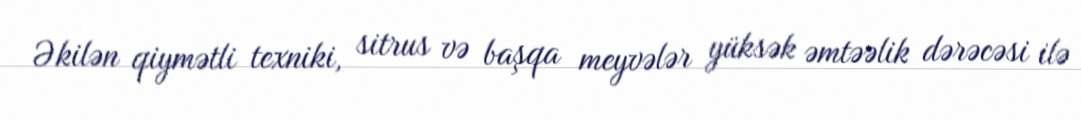
Əkilən qiymətli texniki, sitrus və başqa meyvələr yüksək əmtəəlik dərəcəsi ilə